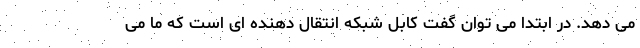
می دهد. در ابتدا می توان گفت کابل شبکه انتقال دهنده ای است که ما می